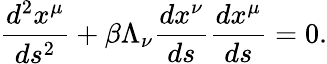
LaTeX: \frac{d^{2}x^{\mu}}{ds^{2}}+\beta\Lambda_{\nu}\frac{dx^{\nu}}{ds}\frac{dx^{\mu}}{ds}=0.